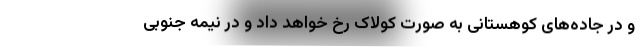
و در جاده‌های کوهستانی به صورت کولاک رخ خواهد داد و در نیمه جنوبی